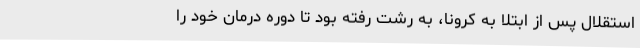
استقلال پس از ابتلا به کرونا، به رشت رفته بود تا دوره درمان خود را